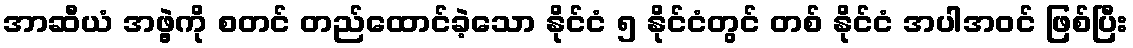
အာဆီယံ အဖွဲ့ကို စတင် တည်ထောင်ခဲ့သော နိုင်ငံ ၅ နိုင်ငံတွင် တစ် နိုင်ငံ အပါအဝင် ဖြစ်ပြီး